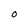
Character: O